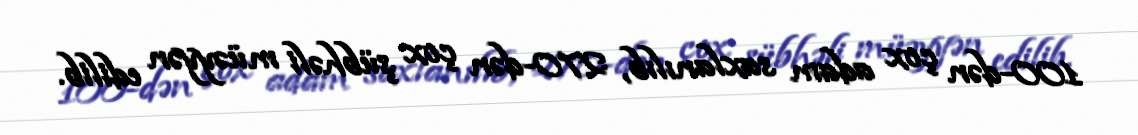
100-dən çox adam saxlanılıb, 270-dən çox şübhəli müəyyən edilib.